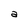
Character: a